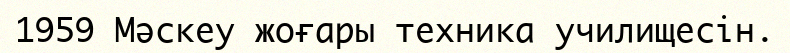
1959 Мәскеу жоғары техника училищесін.